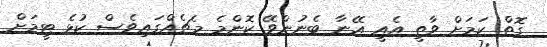
ގޮތް ކަމަށް ވާތީ އެއީ އޭނާ ބެނުންވޭ ކޮންމެ މެޗެއްގައިވެސް ކުޅެ ޓީމަށް